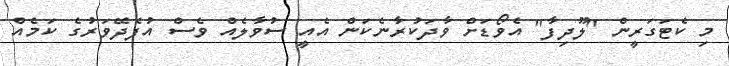
މި ކެޓަގަރީން "ލޫދިފާ" އެވޯޑަށް ވާދަކުރާނެކަން އެއީ ސުވާލެއް ވެސް އުފެދޭވަރުގެ ކަމެއް